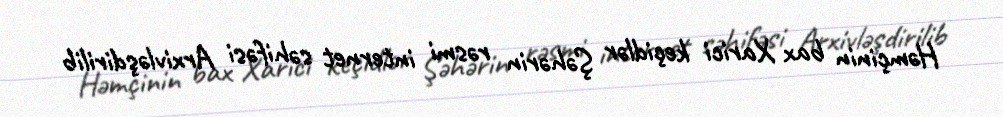
Həmçinin bax Xarici keçidlər Şəhərin rəsmi internet səhifəsi Arxivləşdirilib